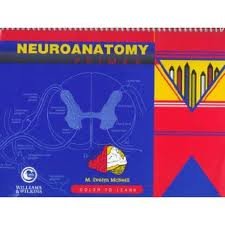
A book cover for Neuroanatomy Primer 1st (first) edition Text Only; M. Evelyn McNeill; Medical Books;